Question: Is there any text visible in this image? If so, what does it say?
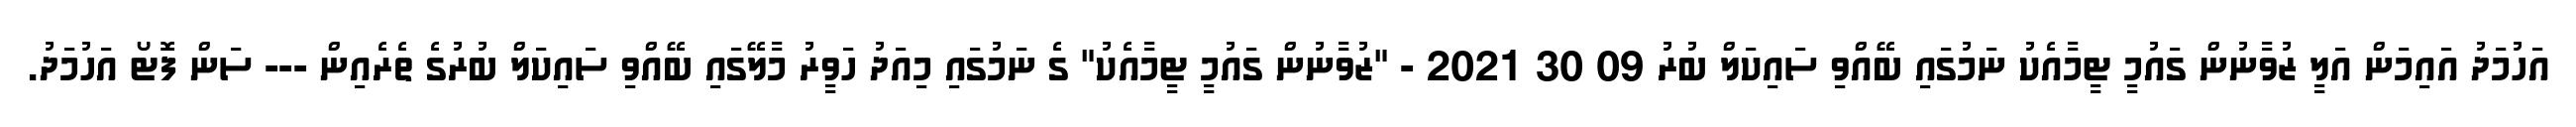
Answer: އަހުމަދު އައިމަން އަލީ ޒުވާނުން ގައުމީ ޓީމާއެކު ނަމުގައި ބޭއްވި ސައިކަލް ބުރު 09 30 2021 - "ޒުވާނުން ގައުމީ ޓީމާއެކު" ގެ ނަމުގައި މިއަދު ހަވީރު މާލޭގައި ބޭއްވި ސައިކަލް ބުރުގެ ތެރެއިން --- ސަން ފޮޓޯ އަހުމަދު.